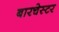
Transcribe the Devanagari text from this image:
बारचेस्टर